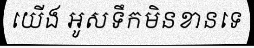
យើង អូសទឹកមិនខានទេ